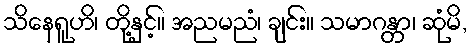
သိနေရူဟိ၊ တို့နှင့်။ အညမညံ၊ ချင်း။ သမာဂန္တာ၊ ဆုံမိ,